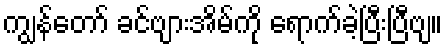
ကျွန်တော် ခင်ဗျားအိမ်ကို ရောက်ခဲ့ပြီးပြီဗျ။